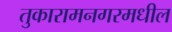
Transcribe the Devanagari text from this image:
तुकारामनगरमधील